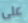
على